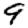
Digit: 9